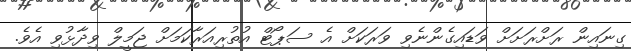
ގިނައިން ރަށްރަށަށް ވަޑައިގެންނެވި ވަރަކަށް އެ ސަޕޯޓް އުތުރިއަރާކަމަށް ޖަމީލް ވިދާޅުވި އެވެ.